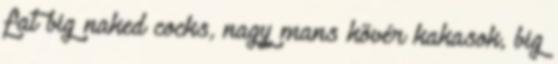
fat big naked cocks, nagy mans kövér kakasok, big